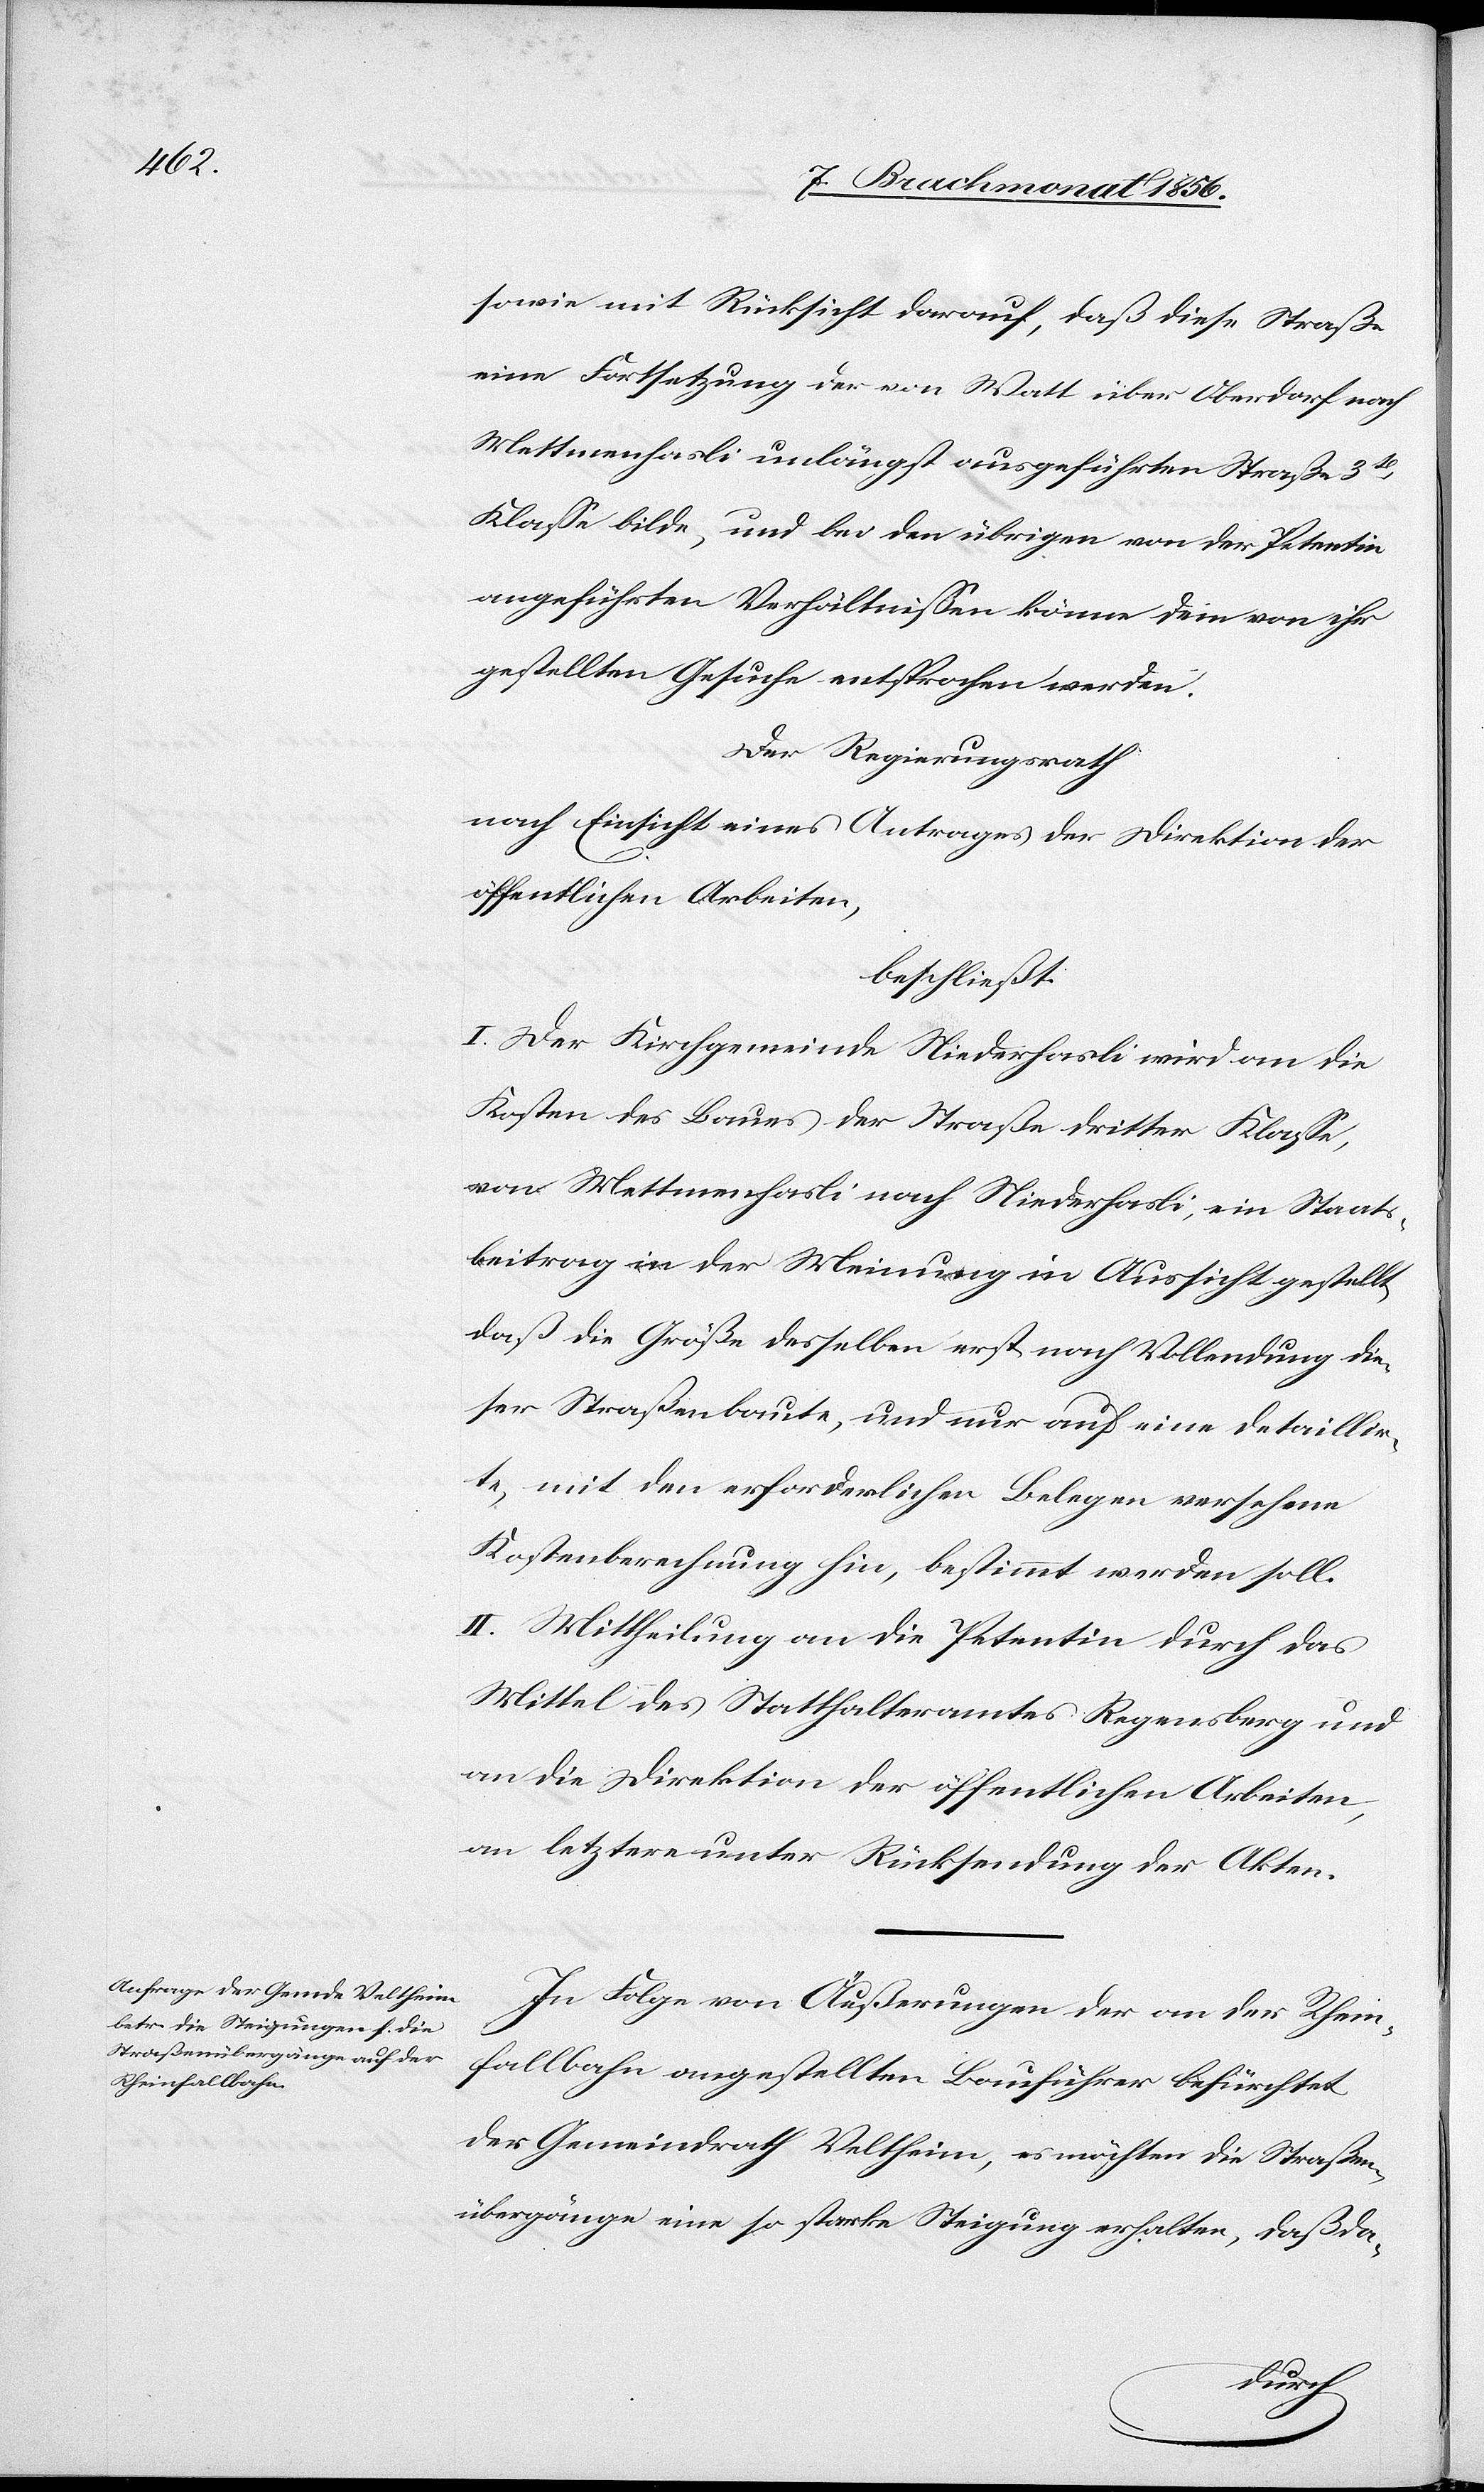
sowie mit Rücksicht darauf, daß diese Straße
eine Fortsetzung der von Watt über Oberdorf nach
Mettmenhasli unlängst ausgeführten Straße 3t
Klasse bilde, und bei den übrigen von der Petentin
angeführten Verhältnissen könne dem von ihr
gestellten Gesuche entsprochen werden.
Der Regierungsrath
nach Einsicht eines Antrages der Direktion der
öffentlichen Arbeiten,
beschließt:
I. Der Kirchgemeinde Niederhasli wird an die
Kosten des Baues der Straße dritter Klasse,
von Mettmenhasli nach Niederhasli, ein Staats¬
beitrag in der Meinung in Aussicht gestellt,
daß die Größe desselben erst nach Vollendung die¬
ser Straßenbaute, und nur auf eine detaillir¬
te, mit den erforderlichen Belegen versehene
Kostenberechnung hin, bestimmt werden soll.
II. Mittheilung an die Petentin durch das
Mittel des Statthalteramtes Regensberg und
an die Direktion der öffentlichen Arbeiten,
an letztere unter Rücksendung der Akten.
In Folge von Äusserungen der an der Rhein¬
fallbahn angestellten Bauführer befürchtet
der Gemeindrath Veltheim, es möchten die Straßen¬
übergänge eine so starke Steigung erhalten, daß da-